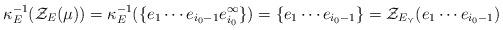
LaTeX: \begin{align*}\kappa_E^{-1} ( \mathcal{Z}_E(\mu) ) = \kappa_E^{-1}(\{e_1\cdots e_{i_0-1}e_{i_0}^\infty\}) = \{e_1\cdots e_{i_0-1}\}= \mathcal{Z}_{E_\curlyvee} ( e_1 \cdots e_{i_0-1})\end{align*}